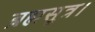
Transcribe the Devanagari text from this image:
ब्रह्मसूत्र।